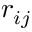
r _ { i j }